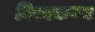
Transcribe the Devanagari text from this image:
बिल्वकवन